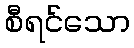
စီရင်သော